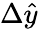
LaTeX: \Delta\hat{y}